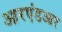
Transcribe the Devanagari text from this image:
आरएंडआर